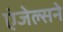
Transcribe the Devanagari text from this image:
एंजेल्सने